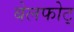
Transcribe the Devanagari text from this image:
बेलफोट्